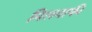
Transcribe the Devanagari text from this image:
मिलवाकी